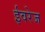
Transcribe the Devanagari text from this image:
ईवरेज